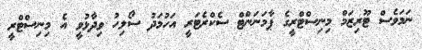
ނަމަވެސް ޓޫރިޒަމް މިނިސްޓްރީގެ ޕާމަނަންޓް ސެކްރެޓަރީ އަހުމަދު ސޯލިހު ވިދާޅުވީ އެ މިނިސްޓްރީ